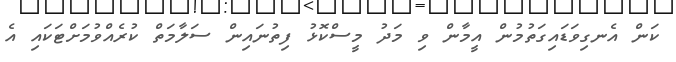
ކަން އެނގިވަޑައިގަތުމުން އީމާން ވި މަދު މީސްކޮޅު ފިތުނައިން ސަލާމަތް ކުރެއްވުމަށްޓަކައި އެ